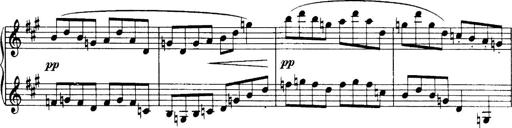
Title: 3 Sonatinas, Op.67
Composer: Jean Sibelius